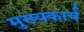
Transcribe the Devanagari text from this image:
मुख्यकार्य